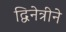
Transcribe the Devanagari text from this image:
द्विनेत्रीने